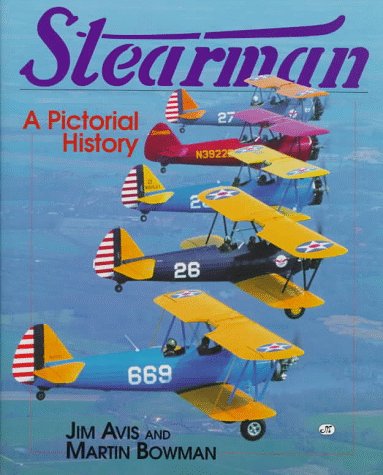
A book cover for Stearman: A Pictorial History; Martin W. Bowman; Arts & Photography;